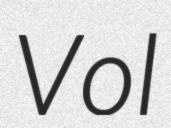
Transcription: Vol